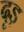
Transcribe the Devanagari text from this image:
दृड़